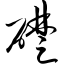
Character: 础